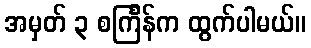
အမှတ် ၃ စင်္ကြန်က ထွက်ပါမယ်။